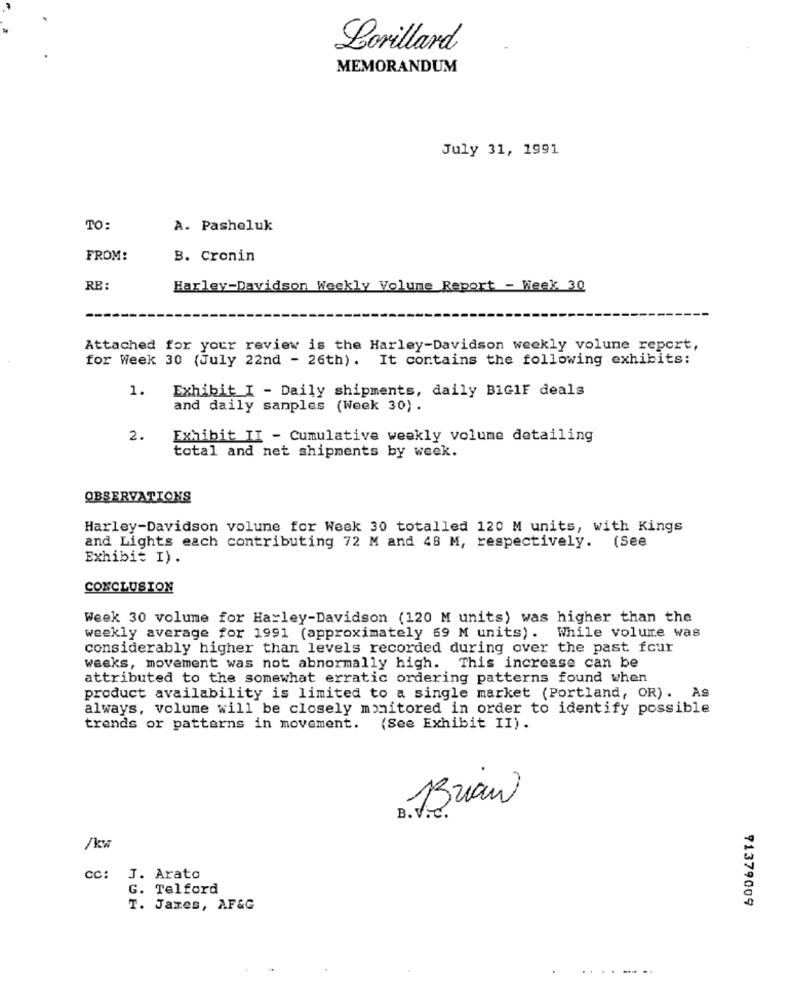
Lorillard
MEMORANDUM
July 31, 1991
TO:
A. Pasheluk
FROM:
B. Cronin
RE:
Harley-Davidson Weekly Volume Report - Week 30
Attached for your review is the Harley-Davidson weekly volume report,
for Week 30 (July 22nd - 26th). It contains the following exhibits:
1.
Exhibit I - Daily shipments, daily BIG1F deals
and daily sanples (Week 30).
2.
Exhibit II - Cumulative weekly volume detailing
total and net shipments by week.
OBSERVATIONS
Harley-Davidson volune for Week 30 totalled 120 M units, with Kings
and Lights each contributing 72 M and 48 M, respectively. (See
Exhibit I).
CONCLUSION
Week 30 volume for Harley-Davidson (120 M units) was higher than the
weekly average for 1991 (approximately 69 M units). While volume was
considerably higher than levels recorded during over the past four
weeks, movement was not abnormally high. This increase can be
attributed to the somewhat erratic ordering patterns found when
product availability is limited to a single market (Portland, OR). AS
always, volume will be closely monitored in order to identify possible
trends or patterns in movement. (See Exhibit II).
Brian
B. V.c.
/kw
CC:
J. Arato
G. Telford
91379009
T. James, AF&G
........